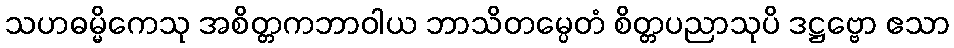
သဟဓမ္မိကေသု အစိတ္တကဘာဝါယ ဘာသိတမ္ပေတံ စိတ္တပညာသုပိ ဒဋ္ဌဗ္ဗော ဧသာ